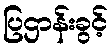
ပြဌာန်းခွင့်